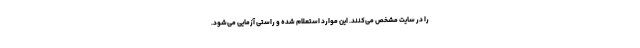
را در سایت مشخص می‌کنند. این موارد استعلام شده و راستی آزمایی می‌شود.